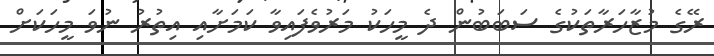
ރޭގެ މުޒާހަރާތަކުގެ ސަބަބުން ދެ މީހަކު މަރުވެފައިވާ ކަމަށާއި އިތުރު ނުވަ މީހަކަށް